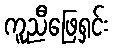
ကူညီဖြေရှင်း